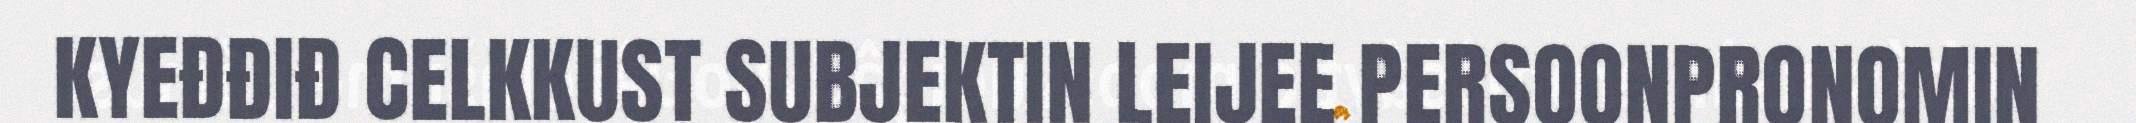
KYEĐĐIĐ CELKKUST SUBJEKTIN LEIJEE PERSOONPRONOMIN